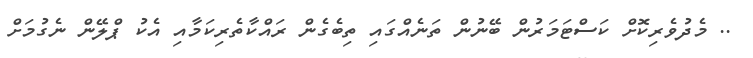
.. މެދުވެރިކޮށް ކަސްޓަމަރުން ބޭނުން ތަނެއްގައި ތިބެގެން ރައްކާތެރިކަމާއި އެކު ޕްލޭން ނެގުމަށް